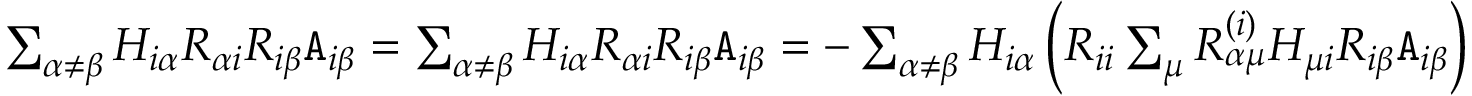
\begin{array} { r } { \sum _ { \alpha \neq \beta } H _ { i \alpha } R _ { \alpha i } R _ { i \beta } { \texttt A } _ { i \beta } = \sum _ { \alpha \neq \beta } H _ { i \alpha } R _ { \alpha i } R _ { i \beta } { \texttt A } _ { i \beta } = - \sum _ { \alpha \neq \beta } H _ { i \alpha } \left( R _ { i i } \sum _ { \mu } R _ { \alpha \mu } ^ { ( i ) } H _ { \mu i } R _ { i \beta } { \texttt A } _ { i \beta } \right) } \end{array}